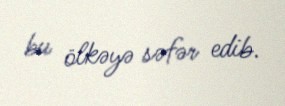
bu ölkəyə səfər edib.